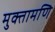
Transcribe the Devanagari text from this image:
मुक्तामणि